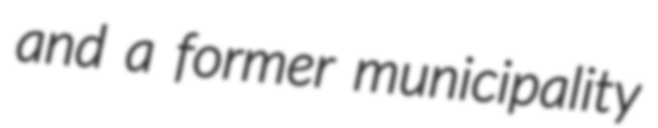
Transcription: and a former municipality